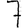
Digit: 7